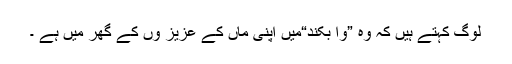
لوگ کہتے ہیں کہ وہ ”وا بکند“میں اپنی ماں کے عزیز وں کے گھر میں ہے ۔